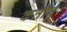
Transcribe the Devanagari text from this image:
कतीबू